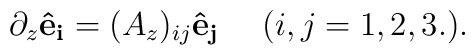
\partial_{z}{\bf\hat e{_{i}}}=(A_{z})_{ij}{\bf \hat e{_{j}}} 		\ \ \ \ (i,j=1,2,3.).